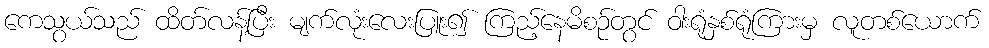
ကေသွယ်သည် ထိတ်လန့်ပြီး မျက်လုံးလေးပြူး၍ ကြည့်နေမိစဉ်တွင် ဝါးရုံနှစ်ရုံကြားမှ လူတစ်ယောက်